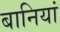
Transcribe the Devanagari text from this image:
बानियां